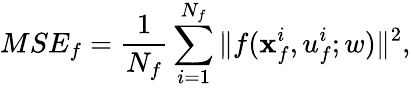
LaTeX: MSE_{f}=\frac{1}{N_{f}}\sum_{i=1}^{N_{f}}\| f(\textbf{x}_{f}^{i},u_{f}^{i};w)\| ^{2},